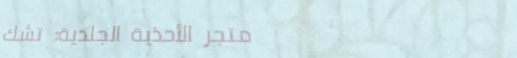
متجر الأحذية الجلدية: تشك